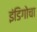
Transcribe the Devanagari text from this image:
इंडिगोचा